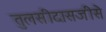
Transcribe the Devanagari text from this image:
तुलसीदासजीसे